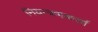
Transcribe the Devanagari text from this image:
नियन्त्रणकर्त्ता